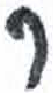
אות: ר